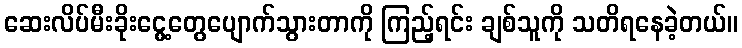
ဆေးလိပ်မီးခိုးငွေ့တွေပျောက်သွားတာကို ကြည့်ရင်း ချစ်သူကို သတိရနေခဲ့တယ်။